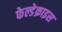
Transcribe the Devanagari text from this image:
फेल्डेक्राइस